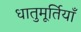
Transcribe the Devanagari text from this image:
धातुमूर्तियाँ